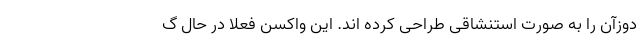
دوزآن را به صورت استنشاقی طراحی کرده اند. این واکسن فعلا در حال گ